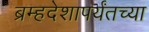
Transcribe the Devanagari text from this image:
ब्रम्हदेशापर्यंतच्या